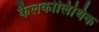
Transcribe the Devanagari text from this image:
कैलकोलिथिक